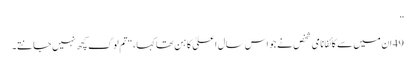
”
49 ان میں سے کائفا نامی شخص نے جو اس سال اعلیٰ کاہن تھا کہا ، “تم لوگ کچھ نہیں جانتے۔